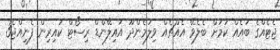
ޖެޓެއްގެ ބައެއް ކަމަށް ބެލެވޭ އެއްޗެއް ވިލަމެންދޫ އައިލޭންޑް ރިސޯޓް ކައިރިން ފެނިއްޖެ3